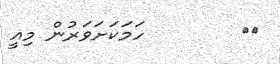
٥٤        ހަމަކަށަވަރުން މިއީ